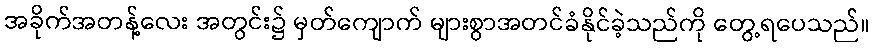
အခိုက်အတန့်လေး အတွင်း၌ မှတ်ကျောက် များစွာအတင်ခံနိုင်ခဲ့သည်ကို တွေ့ရပေသည်။